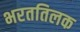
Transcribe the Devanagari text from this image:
भरततिलक